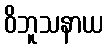
ဝိဘူသနာယ